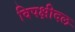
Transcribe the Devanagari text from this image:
विपक्षीदल